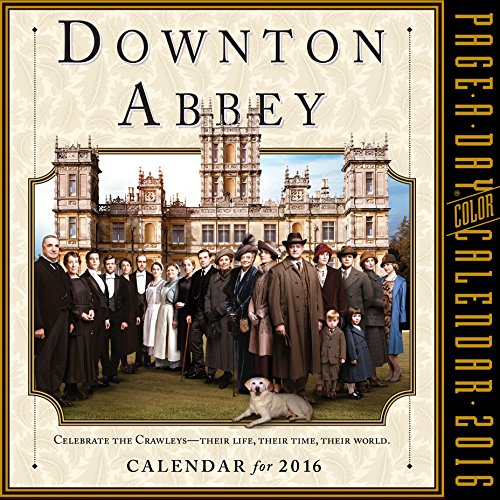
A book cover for Downton Abbey Color Page-A-Day Calendar 2016; Workman Publishing; Calendars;